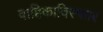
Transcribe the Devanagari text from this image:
वाहिकाविस्फार